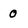
Character: 0